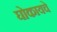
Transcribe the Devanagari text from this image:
घोकायचे